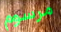
مرسوم